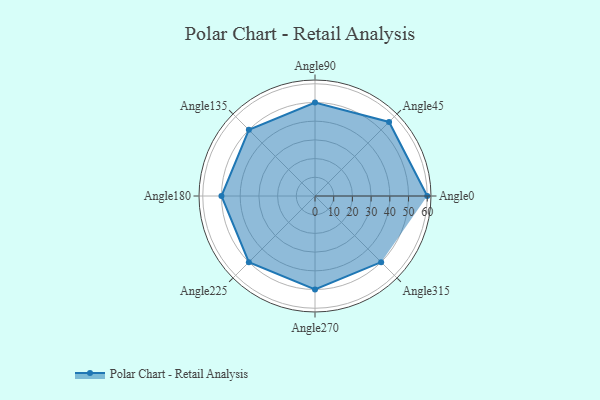
{"axis": {"x": "Angle", "y": "Radius"}, "legend": [""], "data": [{"x": "Angle0", "y": 60.0, "type": ""}, {"x": "Angle45", "y": 56.0, "type": ""}, {"x": "Angle90", "y": 50, "type": ""}, {"x": "Angle135", "y": 50, "type": ""}, {"x": "Angle180", "y": 50, "type": ""}, {"x": "Angle225", "y": 50, "type": ""}, {"x": "Angle270", "y": 50, "type": ""}, {"x": "Angle315", "y": 50, "type": ""}]}